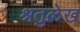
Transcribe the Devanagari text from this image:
श्रतुलेख